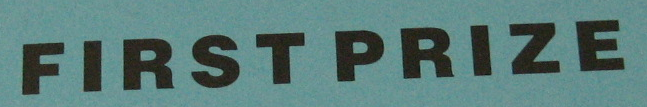
FIRST PRIZE